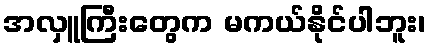
အလှူကြီးတွေက မကယ်နိုင်ပါဘူး၊